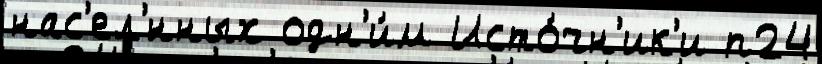
нас'ел'́нных одн'и́м Исто́чн'ик'и п24